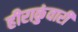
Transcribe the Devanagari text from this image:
हीराकुंवारी